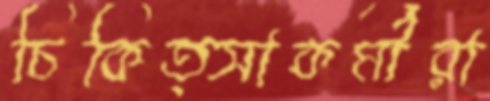
চিকিত্সাকর্মীরা